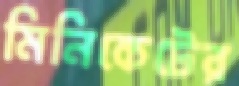
মিনিকেটের